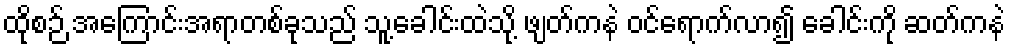
ထိုစဉ် အကြောင်းအရာတစ်ခုသည် သူ့ခေါင်းထဲသို့ ဖျတ်ကနဲ ဝင်ရောက်လာ၍ ခေါင်းကို ဆတ်ကနဲ